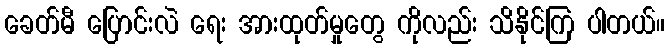
ခေတ်မီ ပြောင်းလဲ ရေး အားထုတ်မှုတွေ ကိုလည်း သိနိုင်ကြ ပါတယ်။